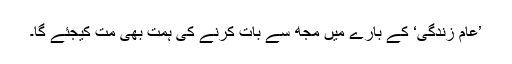
’عام زندگی‘ کے بارے میں مجھ سے بات کرنے کی ہمت بھی مت کیجئے گا۔